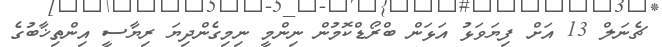
ޗެނަލް 13 އަށް ފިޔަވަޅު އަޅަން ބްރޯޑްކޮމުން ނިންމީ ނިމިގެންދިޔަ ރިޔާސީ އިންތިޚާބުގެ